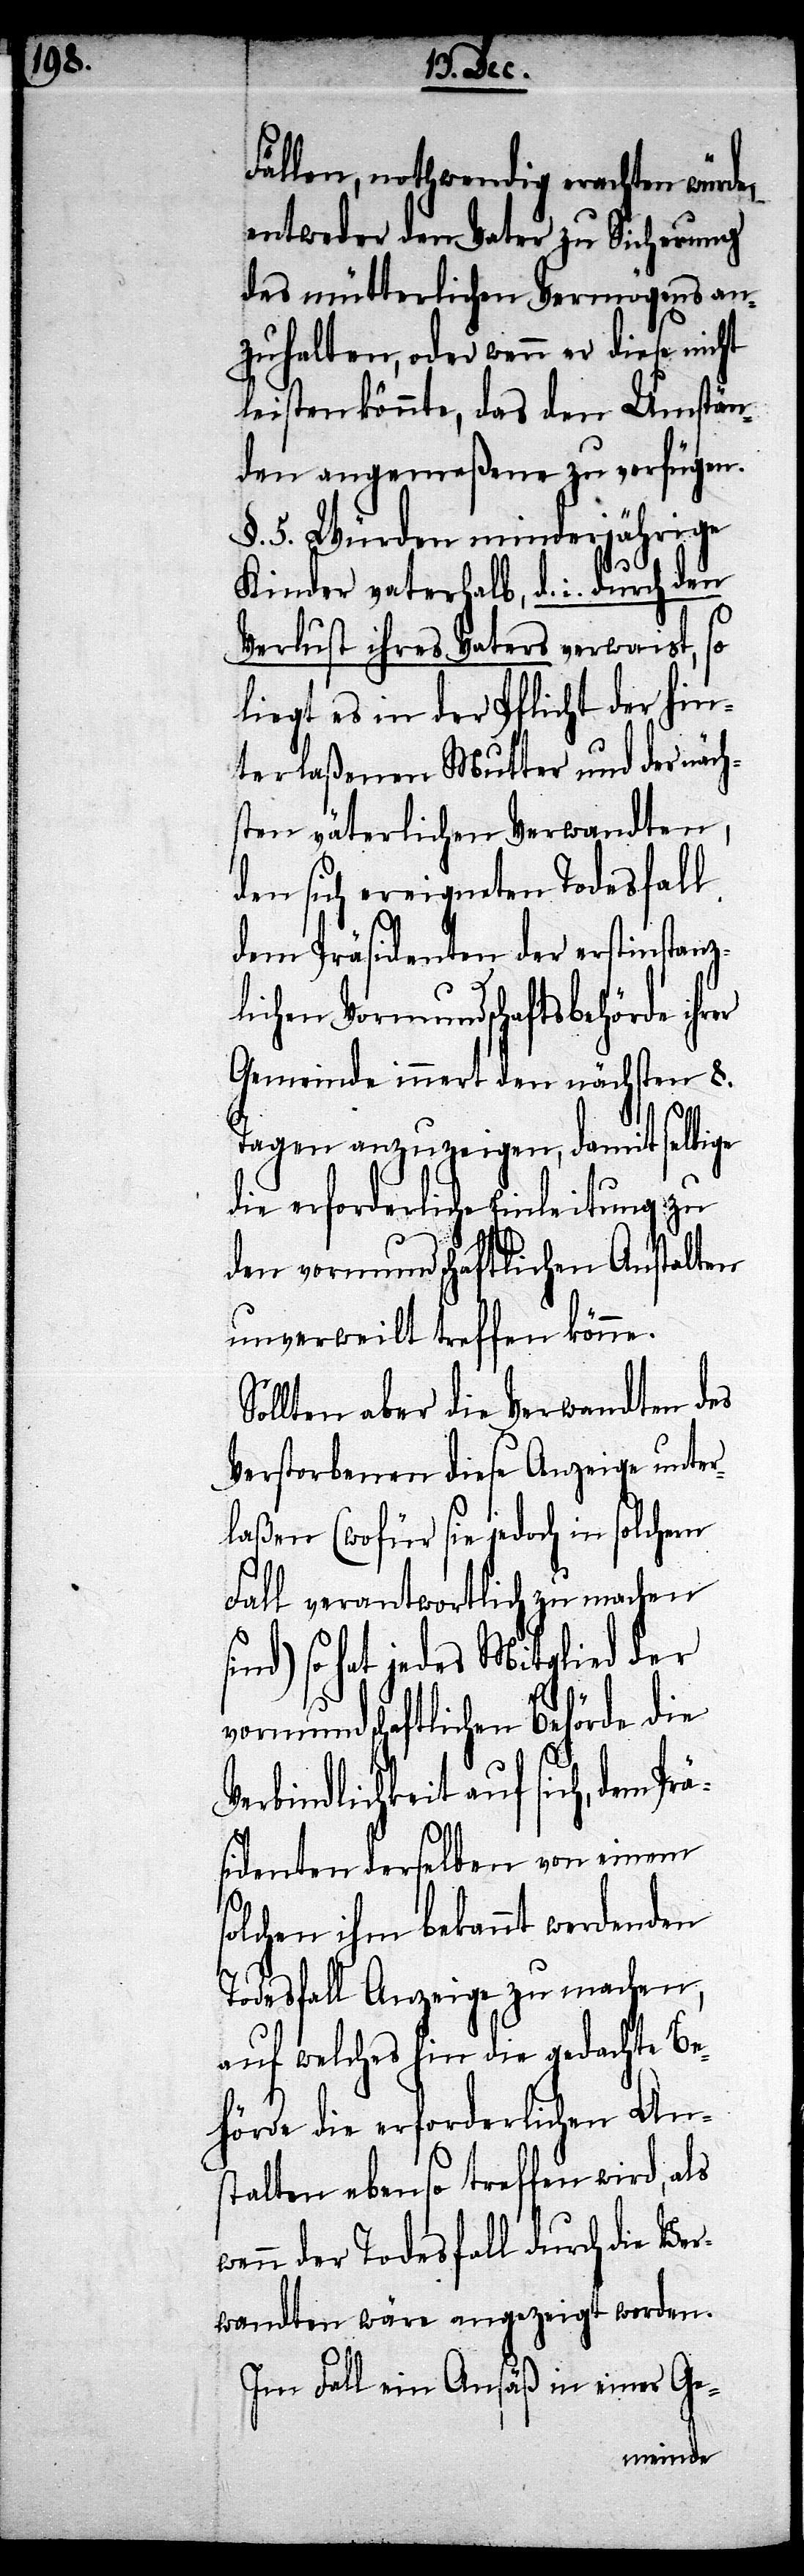
Fällen, nothwendig erachten würde,
entweder den Vater zu Sicherung
des mütterlichen Vermögens an¬
zuhalten, oder wenn er diese nicht
leisten könnte, das den Umstän¬
den angemeßene zu verfügen.
§. 5. Würden minderjährige
Kinder vaterhalb, d. i. durch den
Verlust ihres Vaters, verwaist, so
liegt es in der Pflicht der hin¬
terlaßenen Mutter und der näch¬
sten väterlichen Verwandten,
den sich ereigneten Todesfall
dem Präsidenten der erstinstanz¬
lichen Vormundschaftsbehörde ihr¬
Gemeinde inner den nächsten 8.
Prä¬
Tagen anzuzeigen, damit selbige
die erforderliche Einleitung zu
den vormundschaftlichen Anstalten
unverweilt treffen könne.
Sollten aber die Verwandten des
Verstorbenen diese Anzeige unter¬
laßen (wofür sie jedoch in solchem
Fall verantwortlich zu machen
so hat jedes Mitglied der
vormundschaftlichen Behörde die
Verbindlichkeit auf sich, dem
sidenten derselben von einem s¬
olchen ihm bekannt werdenden
Todesfall Anzeige zu machen,
auf welches hin die gedachte Be¬
hörde die erforderlichen An¬
stalten ebenso treffen wird, als
wenn der Todesfall durch die Ver¬
wandten wäre angezeigt worden.
Im Fall ein Ansäß in einer Ge-